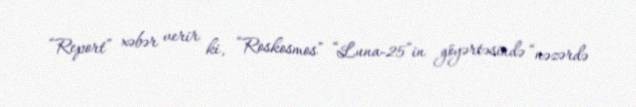
“Report” xəbər verir ki, “Roskosmos” “Luna-25”in göyərtəsində “nəzərdə